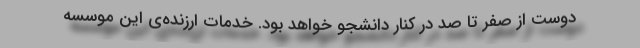
دوست از صفر تا صد در کنار دانشجو خواهد بود. خدمات ارزنده‌ی این موسسه